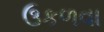
ઉકળવા